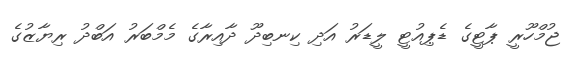
ޖުމްހޫރީ ޕާޓީގެ ޑެޕިއުޓީ ލީޑަރު އަދި ކިނބިދޫ ދާއިރާގެ މެމްބަރު އަބްދު ރިޔާޒުގެ